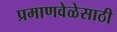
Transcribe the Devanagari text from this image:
प्रमाणवेळेसाठी